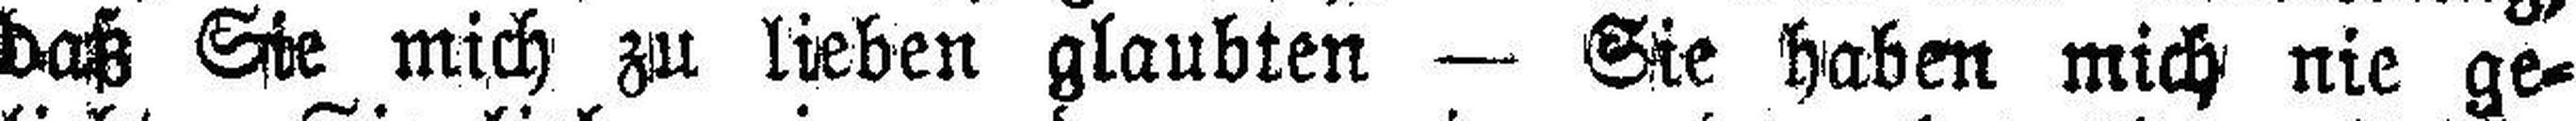
daß Sie mich zu lieben glaubten — Sie haben mich nie ge¬